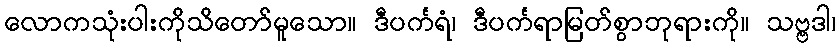
လောကသုံးပါးကိုသိတော်မူသော။ ဒီပင်္ကရံ၊ ဒီပင်္ကရာမြတ်စွာဘုရားကို။ သဗ္ဗဒါ၊